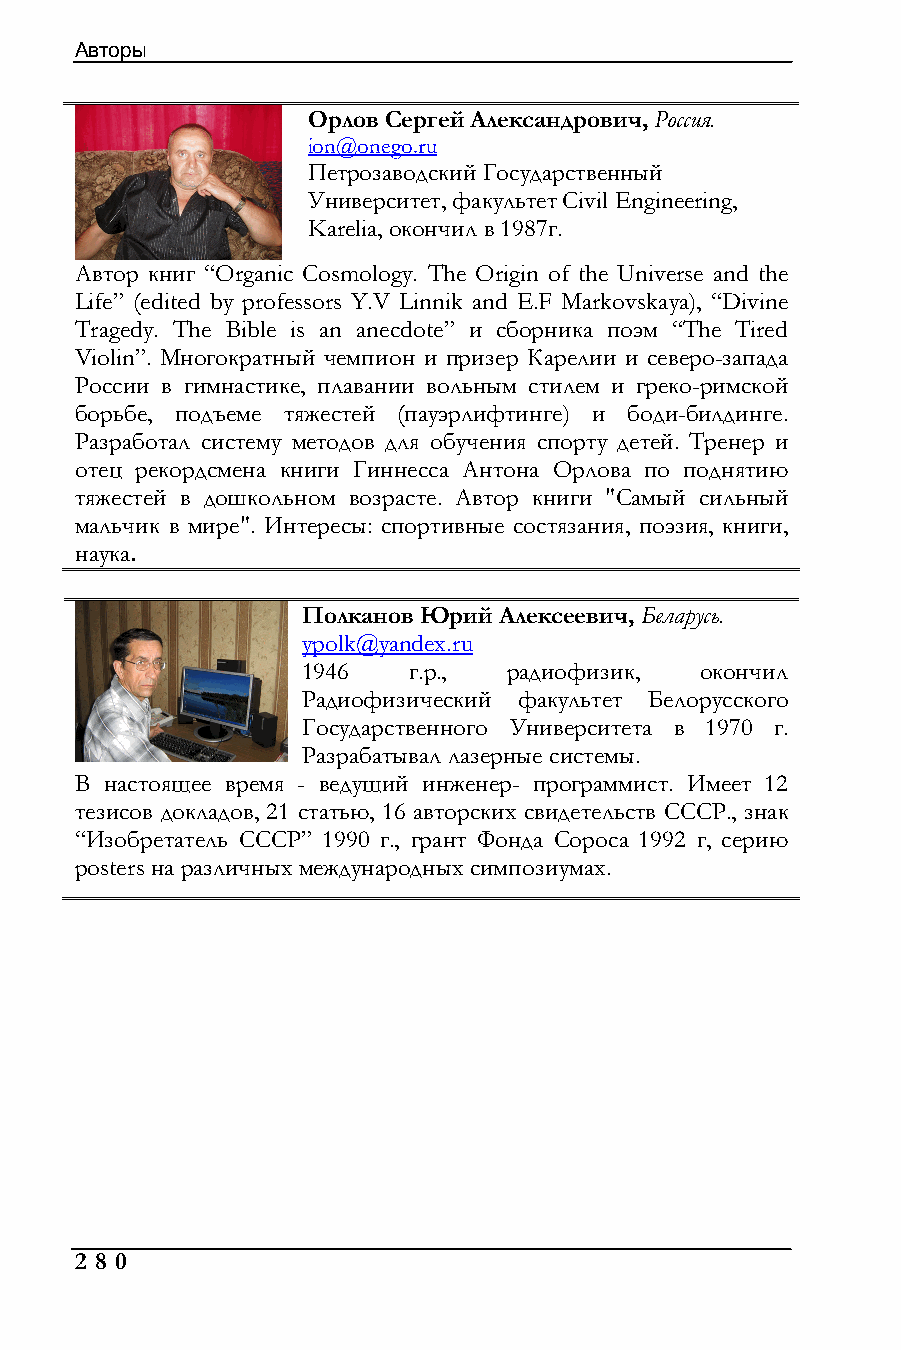
Авторы
 Орлов Сергей Александрович, Россия.
 ion@onego.ru
 Петрозаводский Государственный
 Университет, факультет Civil Engineering,
 Karelia, окончил в 1987г.
 Автор книг “Organic Cosmology. The Origin of the Universe and the
 Life” (edited by professors Y.V Linnik and E.F Markovskaya), “Divine
 Tragedy. The Bible is an anecdote” и сборника поэм “The Tired
 Violin”. Многократный чемпион и призер Карелии и северо-запада
 России в гимнастике, плавании вольным стилем и греко-римской
 борьбе, подъеме тяжестей (пауэрлифтинге) и боди-билдинге.
 Разработал систему методов для обучения спорту детей. Тренер и
 отец рекордсмена книги Гиннесса Антона Орлова по поднятию
 тяжестей в дошкольном возрасте. Автор книги "Самый сильный
 мальчик в мире". Интересы: спортивные состязания, поэзия, книги,
 наука.
 Полканов Юрий Алексеевич, Беларусь.
 ypolk@yandex.ru
 1946   г.р.,  радиофизик, окончил
 Радиофизический факультет Белорусского
 Государственного Университета в 1970 г.
 Разрабатывал лазерные системы.
 В настоящее время - ведущий инженер- программист. Имеет 12
 тезисов докладов, 21 статью, 16 авторских свидетельств СССР., знак
 “Изобретатель СССР” 1990 г., грант Фонда Сороса 1992 г, серию
 posters на различных международных симпозиумах.
 2 8 0